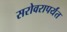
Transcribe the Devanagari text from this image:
सरोवरापर्यंत